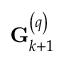
\mathbf { G } _ { k + 1 } ^ { \left( q \right) }